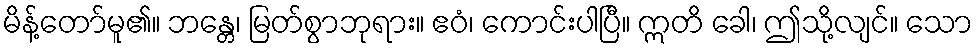
မိန့်တော်မူ၏။ ဘန္တေ၊ မြတ်စွာဘုရား။ ဧဝံ၊ ကောင်းပါပြီ။ ဣတိ ခေါ၊ ဤသို့လျင်။ သော